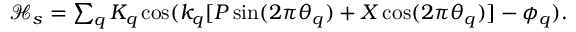
\begin{array} { r } { \mathcal { H } _ { s } = \sum _ { q } K _ { q } \cos ( k _ { q } [ P \sin ( 2 \pi \theta _ { q } ) + X \cos ( 2 \pi \theta _ { q } ) ] - \phi _ { q } ) . } \end{array}